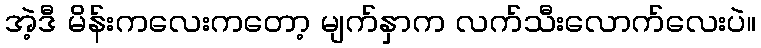
အဲ့ဒီ မိန်းကလေးကတော့ မျက်နှာက လက်သီးလောက်လေးပဲ။